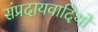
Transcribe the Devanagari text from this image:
संप्रदायवादियों